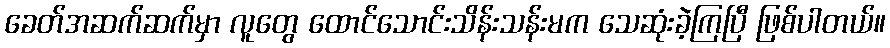
ခေတ်အဆက်ဆက်မှာ လူတွေ ထောင်သောင်းသိန်းသန်းမက သေဆုံးခဲ့ကြပြီ ဖြစ်ပါတယ်။